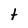
Character: t